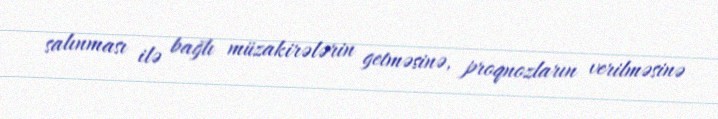
salınması ilə bağlı müzakirələrin getməsinə, proqnozların verilməsinə